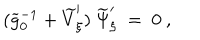
( \widetilde g _ { 0 } ^ { - 1 } + \widetilde V _ { \xi } ^ { \prime } ) \ \widetilde \Psi _ { \xi } ^ { \prime } \ = \ 0 \ ,